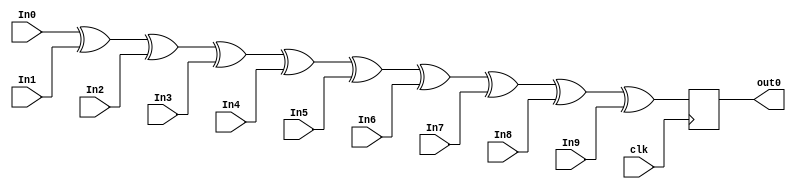
module Xor10(
    input In0,
    input In1,
    input In2,
    input In3,
    input In4,
    input In5,
    input In6,
    input In7,
    input In8,
    input In9,
    input clk,
    output out0
    );
    
    reg out0;
    
    always @ (posedge clk) begin
        out0 <= In0 ^ In1 ^ In2 ^ In3 ^ In4 ^ In5 ^ In6 ^ In7 ^ In8 ^ In9;
    end
endmodule